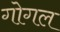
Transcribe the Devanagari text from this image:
गोगल